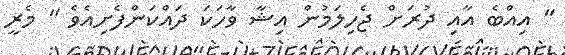
" އިއްބެ އާއި ދުރަށް ޖެހިލަމުން އިޝާ ވާހަކަ ދައްކަންފެށިއެވެ " މެރީ